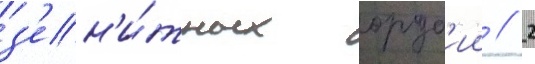
з'ен'и́тных оруд'ии // 2